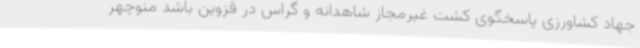
جهاد کشاورزی پاسخگوی کشت غیرمجاز شاهدانه و گراس در قزوین باشد منوچهر